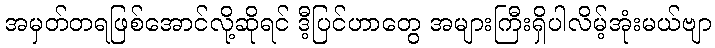
အမှတ်တရဖြစ်အောင်လို့ဆိုရင် ဒီ့ပြင်ဟာတွေ အများကြီးရှိပါလိမ့်အုံးမယ်ဗျာ